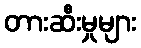
တားဆီးမှုများ